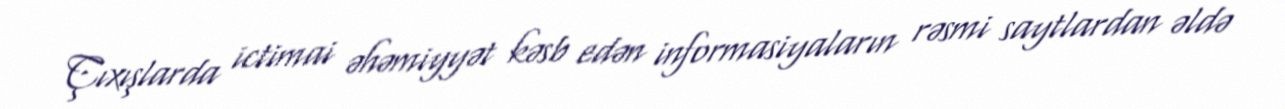
Çıxışlarda ictimai əhəmiyyət kəsb edən informasiyaların rəsmi saytlardan əldə